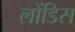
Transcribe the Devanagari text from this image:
लोंडिस